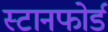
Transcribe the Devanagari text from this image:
स्टानफोर्ड